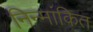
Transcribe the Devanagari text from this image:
निन्मांकित